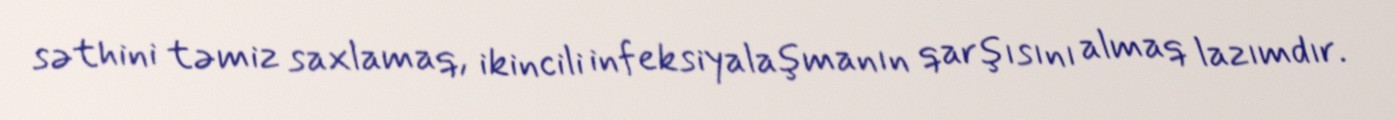
səthini təmiz saxlamaq, ikincili infeksiyalaşmanın qarşısını almaq lazımdır.